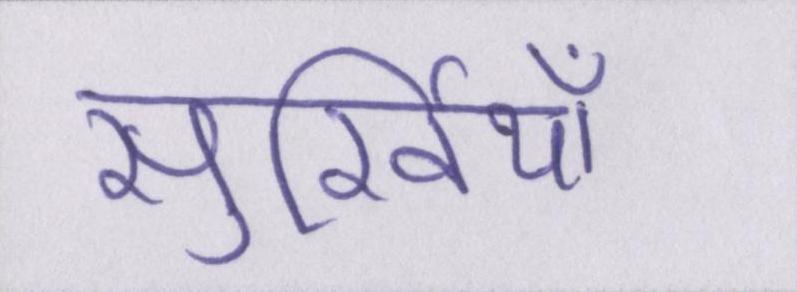
सुर्खियाँ